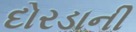
દોરડાની